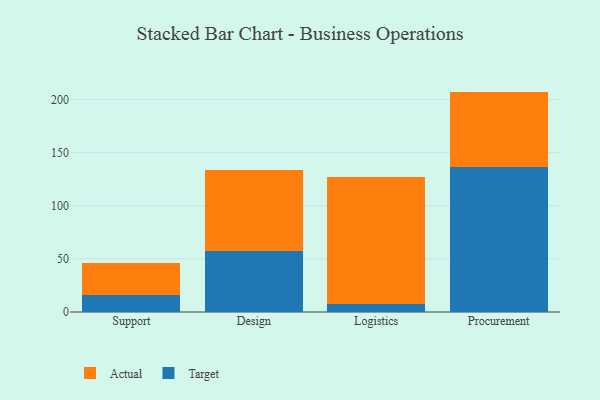
{"axis": {"x": "Department", "y": "Market Share (%)"}, "legend": ["Actual", "Target"], "data": [{"x": "Support", "y": 15.7, "type": "Target"}, {"x": "Support", "y": 30.0, "type": "Actual"}, {"x": "Design", "y": 57.0, "type": "Target"}, {"x": "Design", "y": 76.9, "type": "Actual"}, {"x": "Logistics", "y": 7.1, "type": "Target"}, {"x": "Logistics", "y": 120.2, "type": "Actual"}, {"x": "Procurement", "y": 136.0, "type": "Target"}, {"x": "Procurement", "y": 71.4, "type": "Actual"}]}